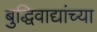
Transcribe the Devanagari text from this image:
बुद्धिवाद्यांच्या